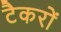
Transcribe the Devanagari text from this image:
टैकरों